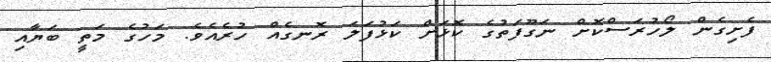
ފެށިގެން ލޯހުރަސްކޮށް ނަގޫފަތުގެ ކޮޅަށް ކަޅުފަލަ ރޮނގެއް ހުރެއެވެ. މަހުގެ މަތީ ބަޔާއި